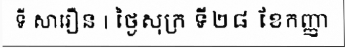
ទី សារឿន | ថ្ងៃសុក្រ ទី២៨ ខែកញ្ញា